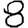
Digit: 8